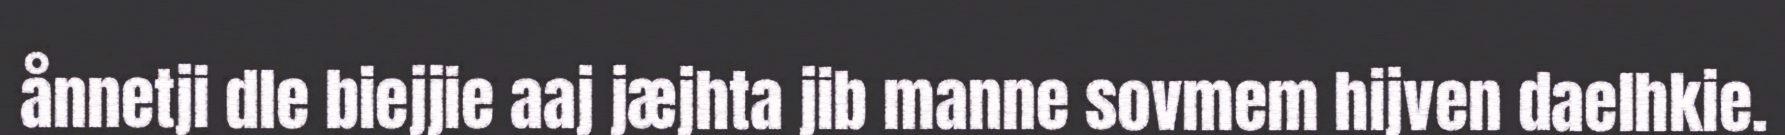
ånnetji dle biejjie aaj jæjhta jib manne sovmem hijven daelhkie.